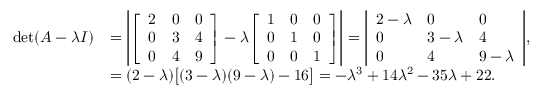
{ \begin{array} { r l } { \operatorname* { d e t } ( A - \lambda I ) } & { = \left| { \left[ \begin{array} { l l l } { 2 } & { 0 } & { 0 } \\ { 0 } & { 3 } & { 4 } \\ { 0 } & { 4 } & { 9 } \end{array} \right] } - \lambda { \left[ \begin{array} { l l l } { 1 } & { 0 } & { 0 } \\ { 0 } & { 1 } & { 0 } \\ { 0 } & { 0 } & { 1 } \end{array} \right] } \right| = { \left| \begin{array} { l l l } { 2 - \lambda } & { 0 } & { 0 } \\ { 0 } & { 3 - \lambda } & { 4 } \\ { 0 } & { 4 } & { 9 - \lambda } \end{array} \right| } , } \\ & { = ( 2 - \lambda ) { \bigl [ } ( 3 - \lambda ) ( 9 - \lambda ) - 1 6 { \bigr ] } = - \lambda ^ { 3 } + 1 4 \lambda ^ { 2 } - 3 5 \lambda + 2 2 . } \end{array} }